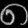
Digit: ၈